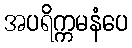
အပရိက္ကမနံပေ